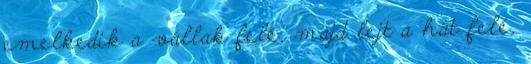
emelkedik a vállak felé, majd lejt a hát felé,